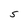
Character: S